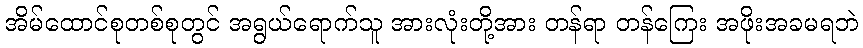
အိမ်ထောင်စုတစ်စုတွင် အရွယ်ရောက်သူ အားလုံးတို့အား တန်ရာ တန်ကြေး အဖိုးအခမရဘဲ